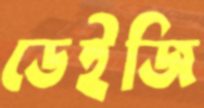
ডেইজি